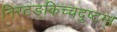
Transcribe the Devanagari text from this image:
निरटङ्किच्चदुष्टम्।